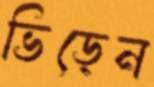
ভিড়েন